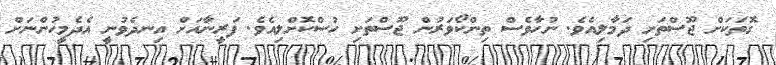
ގޮތަކަށް ޖޫސްތަށި ދަމާލިއެވެ. ނުހާވެސް ތިންކޯވަރުން ޖޫސްތަށި ހުސްކޮށްލިއެވެ. ފަރީނާއަށް އިނދެވުނީ އެދެމީހުންނަށް